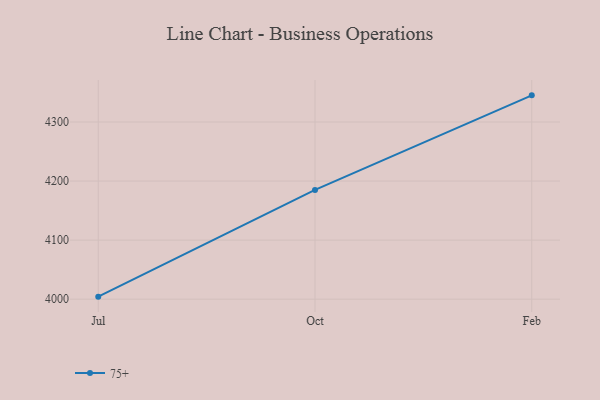
{"axis": {"x": "Month", "y": "Population (Million)"}, "legend": ["75+"], "data": [{"x": "Jul", "y": 4004.3, "type": "75+"}, {"x": "Oct", "y": 4185.0, "type": "75+"}, {"x": "Feb", "y": 4345.1, "type": "75+"}]}